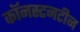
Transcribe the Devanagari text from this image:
कॉनस्टनटीन